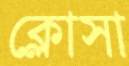
ক্লোসা